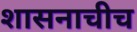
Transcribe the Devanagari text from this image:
शासनाचीच